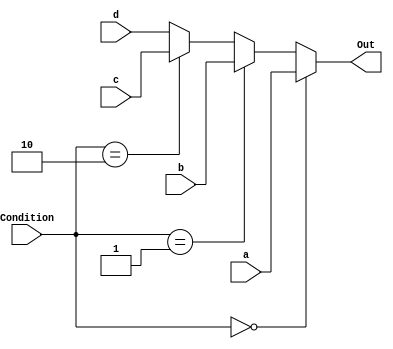
module MUX432
#(parameter addrsize = 32)
(a,b,c,d,Condition,Out);
	input [addrsize-1:0] a,b,c,d;
	input [1:0]Condition;
	output [addrsize-1:0]Out;
	assign Out = (Condition == 2'b00) ? a:(Condition == 2'b01)? b: (Condition == 2'b10)? c:d;
endmodule